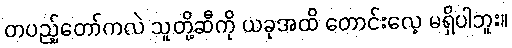
တပည့်တော်ကလဲ သူတို့ဆီကို ယခုအထိ တောင်းလေ့ မရှိပါဘူး။